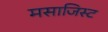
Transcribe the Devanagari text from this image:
मसाजिस्ट